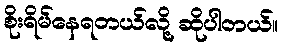
စိုးရိမ်နေရတယ်လို့ ဆိုပါတယ်။